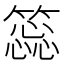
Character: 𥳝